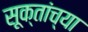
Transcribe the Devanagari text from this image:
सूक्तांच्या